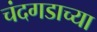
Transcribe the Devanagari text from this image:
चंदगडाच्या